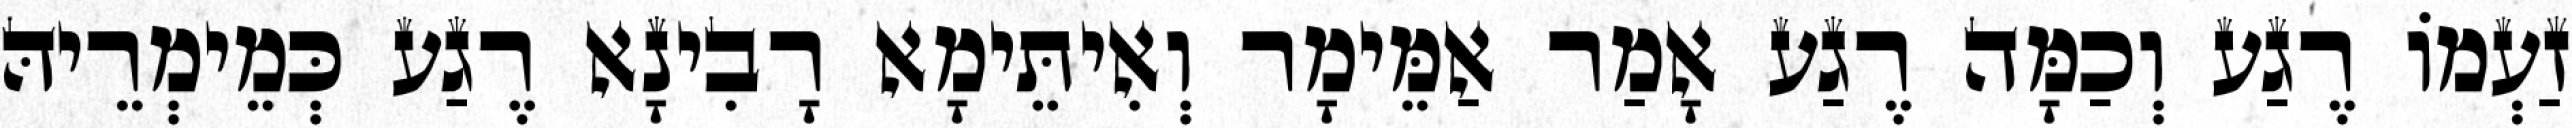
זַעְמוֹ רֶגַע וְכַמָּה רֶגַע אָמַר אַמֵּימָר וְאִיתֵּימָא רָבִינָא רֶגַע כְּמֵימְרֵיהּ